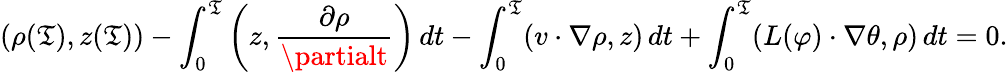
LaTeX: (\rho(\mathfrak{T}),z(\mathfrak{T}))-\int_{0}^{\mathfrak{T}}\left(z,\frac{{\partial\rho}}{{\partialt}}\right)\, dt-\int_{0}^{\mathfrak{T}}(v\cdot\nabla\rho,z)\, dt+\int_{0}^{\mathfrak{T}}(L(\varphi)\cdot\nabla\theta,\rho)\, dt=0.